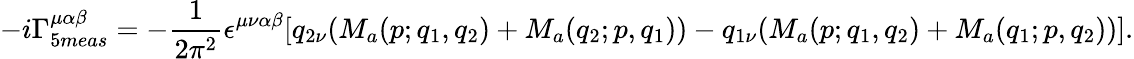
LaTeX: -i\Gamma_{5meas}^{\mu\alpha\beta}=-\frac{1}{2\pi^{2}}\epsilon^{\mu\nu\alpha\beta}[q_{2\nu}(M_{a}(p;q_{1},q_{2})+M_{a}(q_{2};p,q_{1}))-q_{1\nu}(M_{a}(p;q_{1},q_{2})+M_{a}(q_{1};p,q_{2}))].